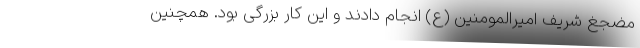
مضجغ شریف امیرالمومنین (ع) انجام دادند و این کار بزرگی بود. همچنین